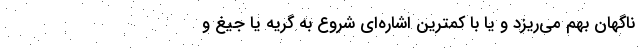
ناگهان بهم می‌ریزد و یا با کمترین اشاره‌ای شروع به گریه یا جیغ و